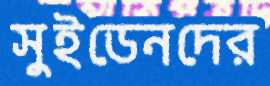
সুইডেনদের